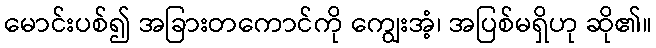
မောင်းပစ်၍ အခြားတကောင်ကို ကျွေးအံ့၊ အပြစ်မရှိဟု ဆို၏။